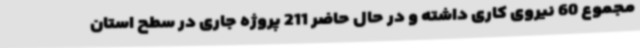
مجموع 60 نیروی کاری داشته و در حال حاضر 211 پروژه جاری در سطح استان